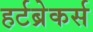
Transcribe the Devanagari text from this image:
हर्टब्रेकर्स